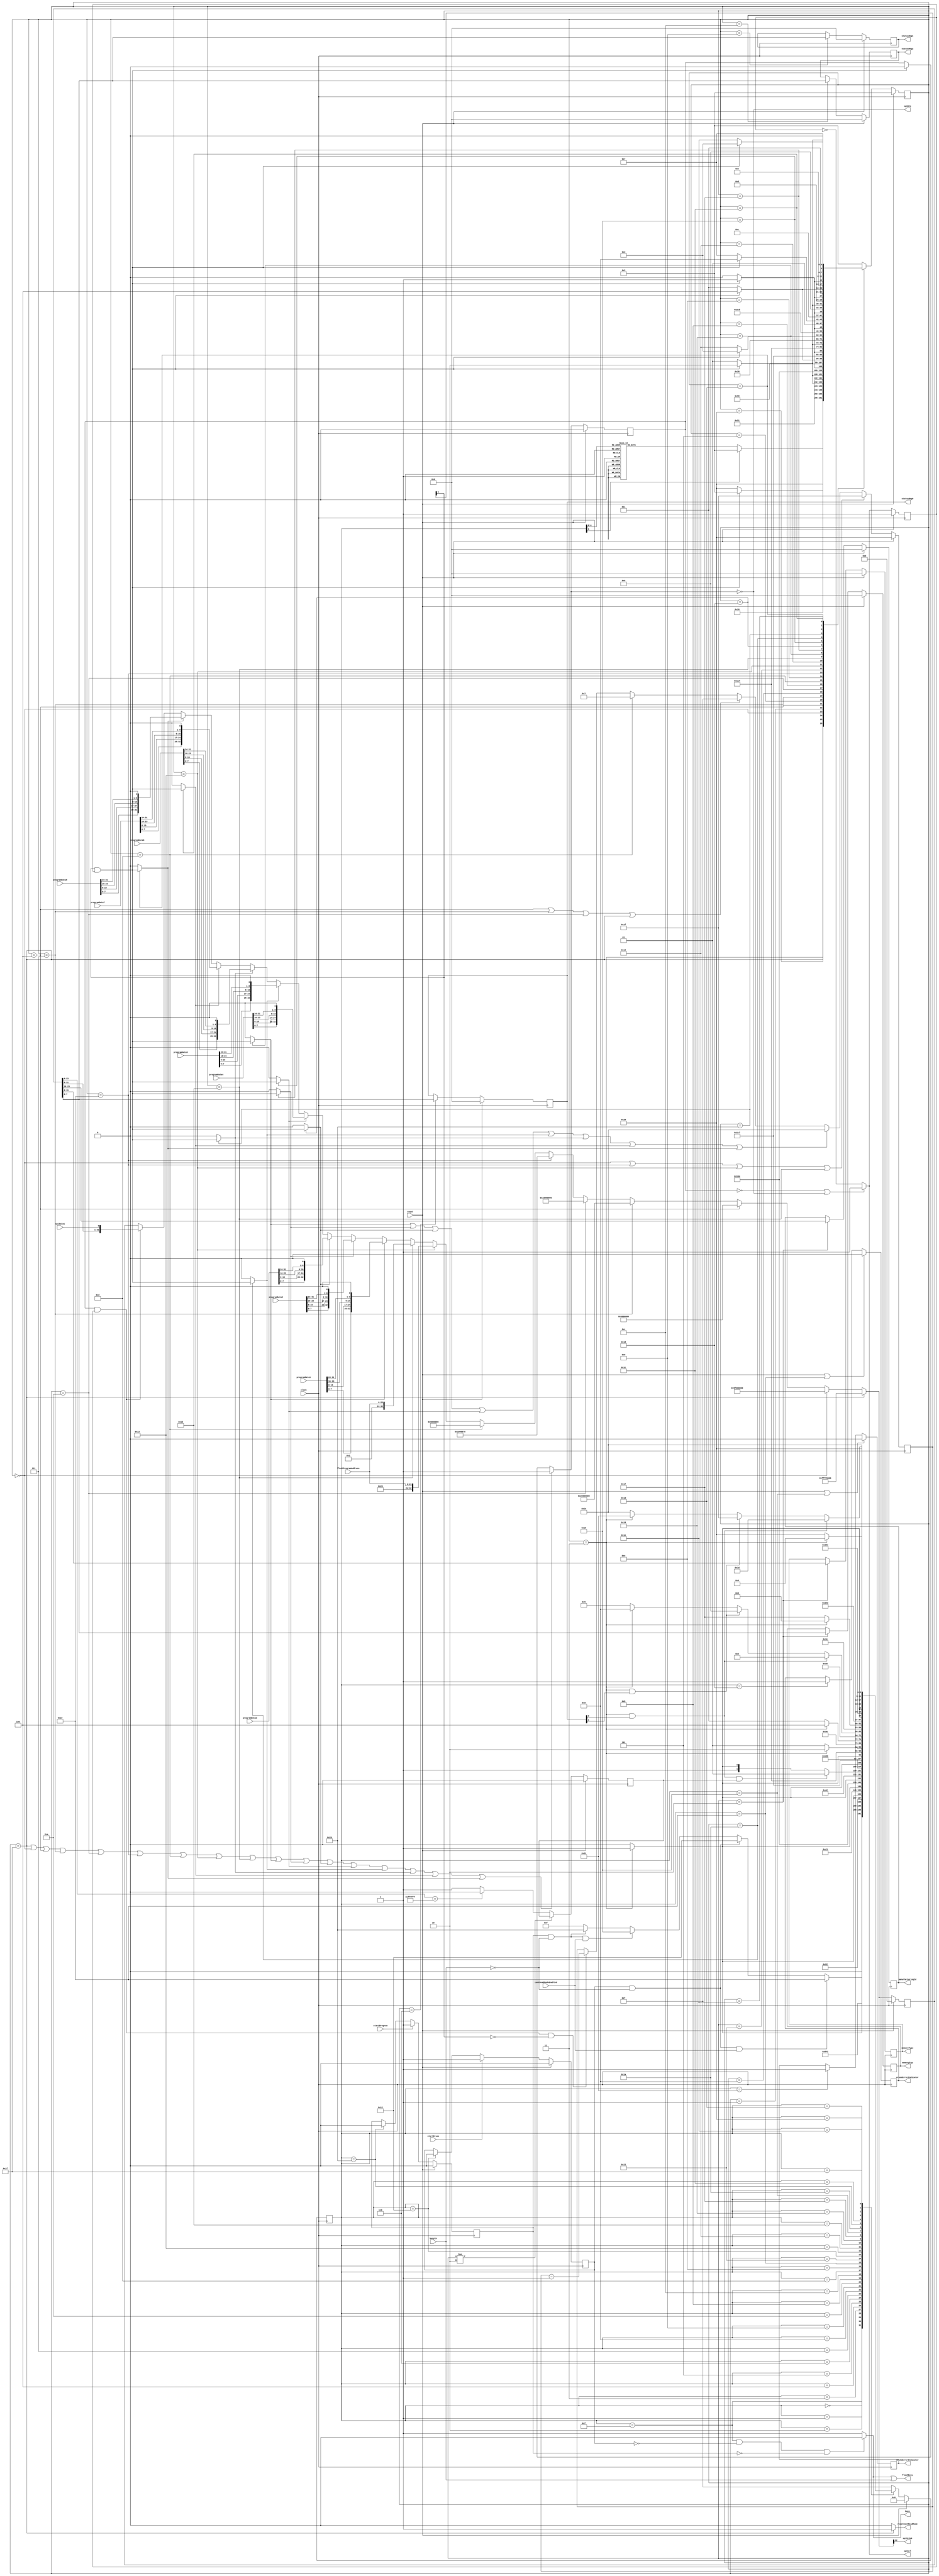
module spiShiftSingle ( input wire         clock,
                                           reset,
                                           startErase,
                                           startProgram,
                        input wire [23:0]  flashProgramAddress,
                        input wire [31:0]  programData1,
                                           programData2,
                                           programData3,
                                           programData4,
                                           programData5,
                                           programData6,
                                           programData7,
                                           programData8,
                        output wire        flashBusy,
                                           eraseErrorIndicator,
                                           writeErrorIndicator,
                                           resetContReadMode,
                        output wire [7:0]  manufacturingId,
                                           memoryType,
                                           memoryCap,
                                           statusReg0,
                                           statusReg1,
                                           statusReg2,
                        input wire         contReadModeEnabled,
                                           busyIn,
                        output wire        busy,
                        
                        // here the flash-chip interface is defined
                        output wire        spiScl,
                                           spiNCs,
                                           spiSiIo0,
                        input wire         spiSoIo1 );

  localparam [5:0] LOADJEDEC = 6'd0, READJDEC = 6'd1, STOREJDEC = 6'd2, IDLE = 6'd3,
                   INITSTATUS1 = 6'd4, READSTATUS1 = 6'd5, WRITESTATUS1 = 6'd6,
                   INITSTATUS2 = 6'd7, READSTATUS2 = 6'd8, WRITESTATUS2 = 6'd9,
                   INITSTATUS3 = 6'd10, READSTATUS3 = 6'd11, WRITESTATUS3 = 6'd12,
                   INITWEENA = 6'd13, WAITWEENA = 6'd14, WEENADONE = 6'd15,
                   INITWESTATUS = 6'd16, WAITWESTATUS = 6'd17, WESTATUSDONE = 6'd18,
                   INITSECTORERASE = 6'd19, WAITSECTORERASE = 6'd20,
                   INITWRITE = 6'd21, WAITWRITECMD = 6'd22, WAITWRITEBYTE1 = 6'd23,
                   WAITWRITEBYTE2 = 6'd24, WAITWRITEBYTE3 = 6'd25, WAITWRITEBYTE4 = 6'd26,
                   WAITWRITEBYTE5 = 6'd27, WAITWRITEBYTE6 = 6'd28, WAITWRITEBYTE7 = 6'd29,
                   WAITWRITEBYTE8 = 6'd30, RESCONTREAD = 6'd31, WAITCONTREAD = 6'd32;
  localparam [5:0] RES = 6'd0, INITRESCONTREAD = 6'd1, WAITRESCONTREAD = 6'd2, READJEDECID = 6'd3,
                   WAITJEDECID = 6'd4, INITSTATUSWRITE = 6'd5, WAITINITSTATUSWRITE = 6'd6,
                   WRITESTATUSREGS = 6'd7, WAITWRITESTATUSREGS = 6'd8, INITBUSYWAIT1 = 6'd9,
                   WAITBUSYWAIT1 = 6'd10, INITSTATR2 = 6'd11, WAITSTATUS2 = 6'd12, INITSTATR3 = 6'd13,
                   WAITSTATUS3 = 6'd14, NOP = 6'd15, INITERASE0 = 6'd16, WAITINITERASE0 = 6'd17,
                   INITERASE1 = 6'd18, WAITINITERASE1 = 6'd19, INITERASE2 = 6'd20, WAITINITERASE2 = 6'd21,
                   INITERASE3 = 6'd22, WAITINITERASE3 = 6'd23, ERASEERROR = 6'd24, INITWRITE0 = 6'd25,
                   WAITINITWRITE0 = 6'd26, INITWRITE1 = 6'd27, WAITINITWRITE1 = 6'd28, 
                   INITWRITE2 = 6'd29, WAITINITWRITE2 = 6'd30, INITWRITE3 = 6'd31, WAITINITWRITE3 = 6'd32,
                   WRITEERROR = 6'd33;

  reg[5:0] s_stateReg, s_stateNext, s_cntrlReg, s_cntrlNext;
  reg[32:0] s_shiftReg;
  reg s_sclReg, s_activeReg;
  
  /*
   *
   * Here we define the user registers
   *
   */
  reg s_chipPresentReg;
  reg [7:0] s_manufacturingIdReg, s_memoryTypeReg, s_memoryCapReg;
  reg [7:0] s_status0Reg, s_status1Reg, s_status2Reg;
  reg       s_eraseErrorIndicatorReg, s_writeErrorIndicatorReg;
  wire s_chipPresentNext = (s_stateReg != STOREJDEC) ? s_chipPresentReg :
                           (s_shiftReg[23:0] == 24'hFFFFFF) ? 1'b0 : 1'b1;

  assign manufacturingId     = s_manufacturingIdReg;
  assign memoryType          = s_memoryTypeReg;
  assign memoryCap           = s_memoryCapReg;
  assign statusReg0          = s_status0Reg;
  assign statusReg1          = s_status1Reg;
  assign statusReg2          = s_status2Reg;
  assign eraseErrorIndicator = s_eraseErrorIndicatorReg;
  assign writeErrorIndicator = s_writeErrorIndicatorReg;
  
  always @(posedge clock)
    begin
      s_chipPresentReg         <= (reset == 1'b1) ? 1'b0 : s_chipPresentNext;
      s_manufacturingIdReg     <= (reset == 1'b1) ? 8'd0 : (s_stateReg == STOREJDEC) ? s_shiftReg[23:16] : s_manufacturingIdReg;
      s_memoryTypeReg          <= (reset == 1'b1) ? 8'd0 : (s_stateReg == STOREJDEC) ? s_shiftReg[15:8] : s_memoryTypeReg;
      s_memoryCapReg           <= (reset == 1'b1) ? 8'd0 : (s_stateReg == STOREJDEC) ? s_shiftReg[7:0] : s_memoryCapReg;
      s_status0Reg             <= (reset == 1'b1) ? 8'd0 : (s_stateReg == WRITESTATUS1) ? s_shiftReg[7:0] : s_status0Reg;
      s_status1Reg             <= (reset == 1'b1) ? 8'd0 : (s_stateReg == WRITESTATUS2) ? s_shiftReg[7:0] : s_status1Reg;
      s_status2Reg             <= (reset == 1'b1) ? 8'd0 : (s_stateReg == WRITESTATUS3) ? s_shiftReg[7:0] : s_status2Reg;
      s_eraseErrorIndicatorReg <= (reset == 1'b1 || s_cntrlReg == INITERASE0) ? 1'b0 : (s_cntrlReg == ERASEERROR) ? 1'b1 : s_eraseErrorIndicatorReg;
      s_writeErrorIndicatorReg <= (reset == 1'b1 || s_cntrlReg == INITWRITE0) ? 1'b0 : (s_cntrlReg == WRITEERROR) ? 1'b1 : s_writeErrorIndicatorReg;
    end

  /*
   *
   * here the sector erase and program signals are defined
   *
   */
  reg s_erasePendingReg, s_writePendingReg;
  
  wire s_startErase = s_erasePendingReg & ~busyIn;
  wire s_startWrite = s_writePendingReg & ~busyIn;
  wire s_erasePendingNext = (startErase == 1'b1) ? 1'b1 : (s_cntrlReg == INITERASE1) ? 1'b0 : s_erasePendingReg;
  wire s_writePendingNext = (startProgram == 1'b1) ? 1'b1 : (s_cntrlReg == INITWRITE1) ? 1'b0 : s_writePendingReg;
  
  always @(posedge clock)
    begin
      s_erasePendingReg <= (reset == 1'b1) ? 1'b0 : s_erasePendingNext;
      s_writePendingReg <= (reset == 1'b1) ? 1'b0 : s_writePendingNext;
    end
  
  /*
   *
   * here some control signals and the bit counter are defined
   *
   */
  reg[5:0] s_bitCountReg;
  
  wire s_shiftDone = s_bitCountReg[5] & s_sclReg;
  wire s_loadByte1 = (s_stateReg == WAITWRITECMD) ? s_shiftDone : 1'b0;
  wire s_loadByte2 = (s_stateReg == WAITWRITEBYTE1) ? s_shiftDone : 1'b0;
  wire s_loadByte3 = (s_stateReg == WAITWRITEBYTE2) ? s_shiftDone : 1'b0;
  wire s_loadByte4 = (s_stateReg == WAITWRITEBYTE3) ? s_shiftDone : 1'b0;
  wire s_loadByte5 = (s_stateReg == WAITWRITEBYTE4) ? s_shiftDone : 1'b0;
  wire s_loadByte6 = (s_stateReg == WAITWRITEBYTE5) ? s_shiftDone : 1'b0;
  wire s_loadByte7 = (s_stateReg == WAITWRITEBYTE6) ? s_shiftDone : 1'b0;
  wire s_loadByte8 = (s_stateReg == WAITWRITEBYTE7) ? s_shiftDone : 1'b0;
  wire [5:0] s_bitCountNext = (s_stateReg == LOADJEDEC || s_stateReg == INITWESTATUS || s_stateReg == INITSECTORERASE || s_stateReg == INITWRITE) ? 6'd31 :
                              (s_loadByte1 == 1'b1 || s_loadByte2 == 1'b1 || s_loadByte3 == 1'b1 || s_loadByte4 == 1'b1 ||
                               s_loadByte5 == 1'b1 || s_loadByte6 == 1'b1 || s_loadByte7 == 1'b1 || s_loadByte8 == 1'b1) ? 6'd30 :
                              (s_stateReg == INITSTATUS1 || s_stateReg == INITSTATUS2 || s_stateReg == INITSTATUS3 || s_stateReg == RESCONTREAD) ? 6'd15 :
                              (s_stateReg == INITWEENA) ? 6'd7 :
                              (s_activeReg == 1'b1 && s_sclReg == 1'b1 && s_bitCountReg[5] == 1'b0) ? s_bitCountReg - 6'd1 : s_bitCountReg;
  
  always @(posedge clock) s_bitCountReg <= (reset == 1'b1) ? 6'b100000 : s_bitCountNext;

  /*
   *
   * In this section the active and serial clock are defined
   *
   */
  wire s_activeNext = (s_stateReg == RESCONTREAD || s_stateReg == LOADJEDEC || s_stateReg == INITSTATUS1 ||
                       s_stateReg == INITSTATUS2 || s_stateReg == INITSTATUS3 || s_stateReg == INITWESTATUS ||
                       s_stateReg == INITWEENA || s_stateReg == INITSECTORERASE ||  s_stateReg == INITWRITE ||
                       s_loadByte1 == 1'b1 || s_loadByte2 == 1'b1 || s_loadByte3 == 1'b1 || s_loadByte4 == 1'b1 ||
                       s_loadByte5 == 1'b1 || s_loadByte6 == 1'b1 || s_loadByte7 == 1'b1 || s_loadByte8 == 1'b1) ? 1'b1 :
                      (s_shiftDone == 1'b1) ? 1'b0 : s_activeReg;
  wire s_sclNext = (s_activeReg == 1'b0 || s_activeNext == 1'b0) ? 1'b1 : ~s_sclReg;
  
  always @(posedge clock)
    begin
      s_sclReg    <= (reset == 1'b1) ? 1'b1 : s_sclNext;
      s_activeReg <= (reset == 1'b1) ? 1'b0 : s_activeNext;
    end

  /*
   *
   * Here the shift register is defined
   *
   *
   */
  wire [32:0] s_shiftNext = (s_stateReg == RESCONTREAD) ? 33'hFFFF0000 :
                            (s_stateReg == LOADJEDEC) ? 33'h9F000000:
                            (s_stateReg == INITSTATUS1) ? 33'h05000000 :
                            (s_stateReg == INITSTATUS2) ? 33'h35000000 :
                            (s_stateReg == INITSTATUS3) ? 33'h33000000 :
                            (s_stateReg == INITWESTATUS) ? `ifdef GECKO5Education 33'h01400002 `else 33'h01000670 `endif:
                            (s_stateReg == INITWEENA) ? 33'h06000000 :
                            (s_stateReg == INITSECTORERASE) ? {9'h20,flashProgramAddress} :
                            (s_stateReg == INITWRITE) ? {9'h2,flashProgramAddress} :
                            (s_loadByte1 == 1'b1) ? {programData1[7:0],programData1[15:8],programData1[23:16],programData1[31:24], 1'b0} :
                            (s_loadByte2 == 1'b1) ? {programData2[7:0],programData2[15:8],programData2[23:16],programData2[31:24], 1'b0} :
                            (s_loadByte3 == 1'b1) ? {programData3[7:0],programData3[15:8],programData3[23:16],programData3[31:24], 1'b0} :
                            (s_loadByte4 == 1'b1) ? {programData4[7:0],programData4[15:8],programData4[23:16],programData4[31:24], 1'b0} :
                            (s_loadByte5 == 1'b1) ? {programData5[7:0],programData5[15:8],programData5[23:16],programData5[31:24], 1'b0} :
                            (s_loadByte6 == 1'b1) ? {programData6[7:0],programData6[15:8],programData6[23:16],programData6[31:24], 1'b0} :
                            (s_loadByte7 == 1'b1) ? {programData7[7:0],programData7[15:8],programData7[23:16],programData7[31:24], 1'b0} :
                            (s_loadByte8 == 1'b1) ? {programData8[7:0],programData8[15:8],programData8[23:16],programData8[31:24], 1'b0} :
                            (s_activeReg == 1'b1 && s_sclReg == 1'b1) ? {s_shiftReg[31:0],spiSoIo1} : s_shiftReg;

  always @(posedge clock) s_shiftReg <= (reset == 1'b1) ? 33'd0 : s_shiftNext;

  /*
   *
   * Here the control state machine is defined
   *
   */
  
  always @*
    case (s_cntrlReg)
      NOP                 : s_cntrlNext <= (s_startErase == 1'b1 && contReadModeEnabled == 1'b1) ? INITERASE0 :
                                           (s_startErase == 1'b1) ? INITERASE1 :
                                           (s_startWrite == 1'b1 && contReadModeEnabled == 1'b1) ? INITWRITE0 :
                                           (s_startWrite == 1'b1) ? INITWRITE1 : NOP;
      RES                 : s_cntrlNext <= INITRESCONTREAD;
      INITRESCONTREAD     : s_cntrlNext <= WAITRESCONTREAD;
      WAITRESCONTREAD     : s_cntrlNext <= (s_stateReg == IDLE) ? READJEDECID : WAITRESCONTREAD;
      READJEDECID         : s_cntrlNext <= WAITJEDECID;
      WAITJEDECID         : s_cntrlNext <= (s_stateReg == IDLE) ? INITSTATUSWRITE : WAITJEDECID;
      INITSTATUSWRITE     : s_cntrlNext <= WAITINITSTATUSWRITE;
      WAITINITSTATUSWRITE : s_cntrlNext <= (s_stateReg == IDLE) ? WRITESTATUSREGS : WAITINITSTATUSWRITE;
      WRITESTATUSREGS     : s_cntrlNext <= WAITWRITESTATUSREGS;
      WAITWRITESTATUSREGS : s_cntrlNext <= (s_stateReg == IDLE) ? INITBUSYWAIT1 : WAITWRITESTATUSREGS;
      INITBUSYWAIT1       : s_cntrlNext <= WAITBUSYWAIT1;
      WAITBUSYWAIT1       : s_cntrlNext <= (s_stateReg == IDLE && s_status0Reg[0] == 1'b1 && s_chipPresentReg == 1'b1) ? INITBUSYWAIT1 :
                                           (s_stateReg == IDLE) ? `ifdef GECKO5Education NOP `else INITSTATR2 `endif : WAITBUSYWAIT1;
      INITSTATR2          : s_cntrlNext <= WAITSTATUS2;
      WAITSTATUS2         : s_cntrlNext <= (s_stateReg == IDLE) ? INITSTATR3 : WAITSTATUS2;
      INITSTATR3          : s_cntrlNext <= WAITSTATUS3;
      WAITSTATUS3         : s_cntrlNext <= (s_stateReg == IDLE) ? NOP : WAITSTATUS3;
      INITERASE0          : s_cntrlNext <= WAITINITERASE0;
      WAITINITERASE0      : s_cntrlNext <= (s_stateReg == IDLE) ? INITERASE1 : WAITINITERASE0;
      INITERASE1          : s_cntrlNext <= WAITINITERASE1;
      WAITINITERASE1      : s_cntrlNext <= (s_stateReg == IDLE) ? INITERASE2 : WAITINITERASE1;
      INITERASE2          : s_cntrlNext <= WAITINITERASE2;
      WAITINITERASE2      : s_cntrlNext <= (s_stateReg == IDLE && s_status0Reg[0] == 1'b1) ? INITERASE2 :
                                           (s_stateReg == IDLE && s_status0Reg[1] == 1'b1) ? INITERASE3 :
                                           (s_stateReg == IDLE) ? ERASEERROR : WAITINITERASE2;
      INITERASE3          : s_cntrlNext <= WAITINITERASE3;
      WAITINITERASE3      : s_cntrlNext <= (s_stateReg == IDLE) ? INITBUSYWAIT1 : WAITINITERASE3;
      INITWRITE0          : s_cntrlNext <= WAITINITWRITE0;
      WAITINITWRITE0      : s_cntrlNext <= (s_stateReg == IDLE) ? INITWRITE1 : WAITINITWRITE0;
      INITWRITE1          : s_cntrlNext <= WAITINITWRITE1;
      WAITINITWRITE1      : s_cntrlNext <= (s_stateReg == IDLE) ? INITWRITE2 : WAITINITWRITE1;
      INITWRITE2          : s_cntrlNext <= WAITINITWRITE2;
      WAITINITWRITE2      : s_cntrlNext <= (s_stateReg == IDLE && s_status0Reg[0] == 1'b1) ? INITWRITE2 :
                                           (s_stateReg == IDLE && s_status0Reg[1] == 1'b1) ? INITWRITE3 :
                                           (s_stateReg == IDLE) ? WRITEERROR : WAITINITWRITE2;
      INITWRITE3          : s_cntrlNext <= WAITINITWRITE3;
      WAITINITWRITE3      : s_cntrlNext <= (s_stateReg == IDLE) ? INITBUSYWAIT1 : WAITINITWRITE3;
      default             : s_cntrlNext <= NOP;
    endcase

  always @(posedge clock) s_cntrlReg <= (reset == 1'b1) ? RES : s_cntrlNext;

  /*
   *
   * Here the statemachine is defined
   *
   */
  
  always @*
    case (s_stateReg)
      IDLE            : case (s_cntrlReg)
                          READJEDECID     : s_stateNext <= LOADJEDEC;
                          INITSTATUSWRITE,
                          INITERASE1,
                          INITWRITE1      : s_stateNext <= INITWEENA;
                          WRITESTATUSREGS : s_stateNext <= INITWESTATUS;
                          INITBUSYWAIT1,
                          INITWRITE2,
                          INITERASE2      : s_stateNext <= INITSTATUS1;
                          INITSTATR2      : s_stateNext <= INITSTATUS2;
                          INITSTATR3      : s_stateNext <= INITSTATUS3;
                          INITERASE3      : s_stateNext <= INITSECTORERASE;
                          INITWRITE3      : s_stateNext <= INITWRITE;
                          INITRESCONTREAD,
                          INITERASE0,
                          INITWRITE0      : s_stateNext <= RESCONTREAD;
                          default         : s_stateNext <= IDLE;
                        endcase
      RESCONTREAD     : s_stateNext <= WAITCONTREAD;
      WAITCONTREAD    : s_stateNext <= (s_shiftDone == 1'b1) ? IDLE : WAITCONTREAD;
      LOADJEDEC       : s_stateNext <= READJDEC;
      READJDEC        : s_stateNext <= (s_shiftDone == 1'b1) ? STOREJDEC : READJDEC;
      INITSTATUS1     : s_stateNext <= READSTATUS1;
      READSTATUS1     : s_stateNext <= (s_shiftDone == 1'b1) ? WRITESTATUS1 : READSTATUS1;
      INITSTATUS2     : s_stateNext <= READSTATUS2;
      READSTATUS2     : s_stateNext <= (s_shiftDone == 1'b1) ? WRITESTATUS2 : READSTATUS2;
      INITSTATUS3     : s_stateNext <= READSTATUS3;
      READSTATUS3     : s_stateNext <= (s_shiftDone == 1'b1) ? WRITESTATUS3 : READSTATUS3;
      INITWEENA       : s_stateNext <= WAITWEENA;
      WAITWEENA       : s_stateNext <= (s_shiftDone == 1'b1) ? WEENADONE : WAITWEENA;
      INITWESTATUS    : s_stateNext <= WAITWESTATUS;
      WAITWESTATUS    : s_stateNext <= (s_shiftDone == 1'b1) ? WESTATUSDONE : WAITWESTATUS;
      INITSECTORERASE : s_stateNext <= WAITSECTORERASE;
      WAITSECTORERASE : s_stateNext <= (s_shiftDone == 1'b1) ? IDLE : WAITSECTORERASE;
      INITWRITE       : s_stateNext <= WAITWRITECMD;
      WAITWRITECMD    : s_stateNext <= (s_shiftDone == 1'b1) ? WAITWRITEBYTE1 : WAITWRITECMD;
      WAITWRITEBYTE1  : s_stateNext <= (s_shiftDone == 1'b1) ? WAITWRITEBYTE2 : WAITWRITEBYTE1;
      WAITWRITEBYTE2  : s_stateNext <= (s_shiftDone == 1'b1) ? WAITWRITEBYTE3 : WAITWRITEBYTE2;
      WAITWRITEBYTE3  : s_stateNext <= (s_shiftDone == 1'b1) ? WAITWRITEBYTE4 : WAITWRITEBYTE3;
      WAITWRITEBYTE4  : s_stateNext <= (s_shiftDone == 1'b1) ? WAITWRITEBYTE5 : WAITWRITEBYTE4;
      WAITWRITEBYTE5  : s_stateNext <= (s_shiftDone == 1'b1) ? WAITWRITEBYTE6 : WAITWRITEBYTE5;
      WAITWRITEBYTE6  : s_stateNext <= (s_shiftDone == 1'b1) ? WAITWRITEBYTE7 : WAITWRITEBYTE6;
      WAITWRITEBYTE7  : s_stateNext <= (s_shiftDone == 1'b1) ? WAITWRITEBYTE8 : WAITWRITEBYTE7;
      WAITWRITEBYTE8  : s_stateNext <= (s_shiftDone == 1'b1) ? IDLE : WAITWRITEBYTE8;
      default         : s_stateNext <= IDLE;
    endcase

  always @(posedge clock) s_stateReg <= (reset == 1'b1) ? IDLE : s_stateNext;

  /*
   *
   * here we assign the outputs
   *
   */

  wire s_busySingle = (s_cntrlReg == NOP && s_erasePendingReg == 1'b0 && s_writePendingReg == 1'b0) ? 1'b0 : 1'b1;
  
  assign spiScl            = s_sclNext;
  assign spiNCs            = ~s_activeNext;
  assign spiSiIo0          = s_shiftNext[32];
  assign busy              = s_busySingle;
  assign resetContReadMode = (s_stateReg == RESCONTREAD) ? 1'b1 : 1'b0;
  assign flashBusy         = s_busySingle | busyIn;
endmodule